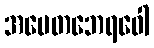
အပေတဘေရဝေါ